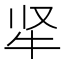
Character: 𬌛